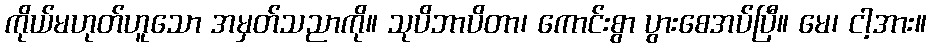
ကိုယ်မဟုတ်ဟူသော အမှတ်သညာကို။ သုပိဘာပိတာ၊ ကောင်းစွာ ပွားစေအပ်ပြီ။ မေ၊ ငါ့အား။